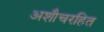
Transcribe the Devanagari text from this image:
अशौचरहित